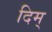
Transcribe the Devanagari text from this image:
दिम्